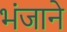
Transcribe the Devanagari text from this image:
भंजाने